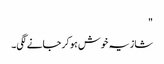
"
شازیہ خوش ہو کر جانے لگی۔